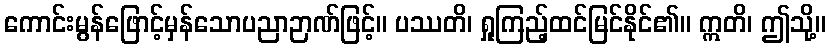
ကောင်းမွန်ဖြောင့်မှန်သောပညာဉာဏ်ဖြင့်။ ပဿတိ၊ ရှုကြည့်ထင်မြင်နိုင်၏။ ဣတိ၊ ဤသို့။